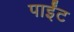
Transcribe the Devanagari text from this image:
पाईंट